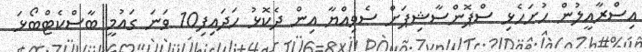
އިސްރާއީލުން ހުށަހެޅި ސްޕޮންސާޝިޕަށް ސެވިއްޔާ އިން ދެކޮޅު ހަދައިފި10 ވަނަ ގައުމީ ބާސްކެޓްބޯޅަ